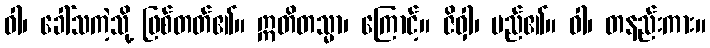
ဝါ၊ ခေါ်သကဲ့သို့ ဖြစ်တတ်၏။ ဣတိတသ္မာ၊ ကြောင့်။ ဇိဝှါ၊ မည်၏။ ဝါ၊ တနည်းကား။